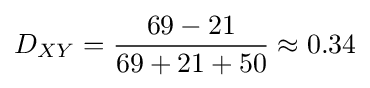
D_{XY}={\frac {69-21}{69+21+50}}\approx 0.34